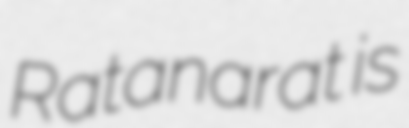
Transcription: Ratanarat is